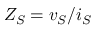
Z _ { S } = v _ { S } / i _ { S }